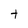
Character: t